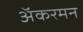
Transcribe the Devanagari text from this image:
अॅकरमन